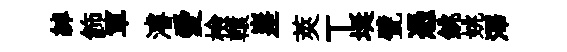
綽飾軍濬愛檢轅嵳莢丅埏甓憑銚姚澤